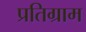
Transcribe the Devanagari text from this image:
प्रतिग्राम